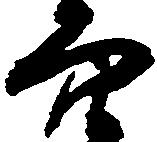
穴